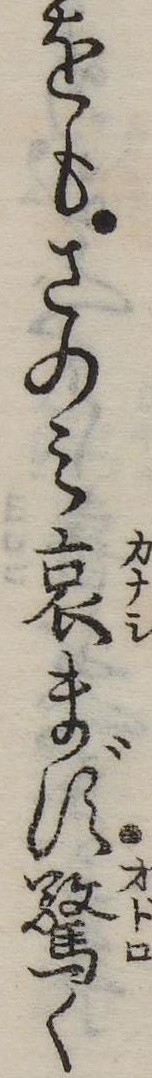
をもさのみ哀まず驚く